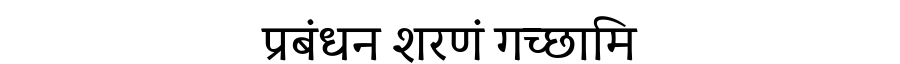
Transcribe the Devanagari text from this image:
प्रबंधन शरणं गच्छामि